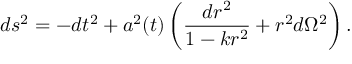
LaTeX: d s ^ { 2 } = - d t ^ { 2 } + a ^ { 2 } ( t ) \left( \frac { d r ^ { 2 } } { 1 - k r ^ { 2 } } + r ^ { 2 } d \Omega ^ { 2 } \right) .